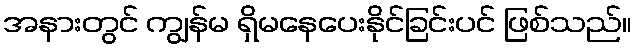
အနားတွင် ကျွန်မ ရှိမနေပေးနိုင်ခြင်းပင် ဖြစ်သည်။